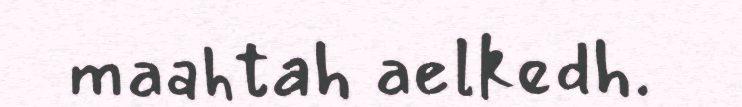
maahtah aelkedh.